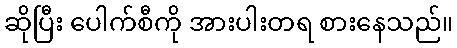
ဆိုပြီး ပေါက်စီကို အားပါးတရ စားနေသည်။